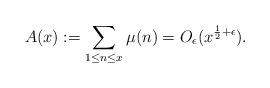
LaTeX: \begin{align*}A(x):= \sum_{1 \leq n \leq x} \mu(n) = O_{\epsilon}(x^{\frac{1}{2}+\epsilon}). \end{align*}